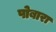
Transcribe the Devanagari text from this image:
पोबारा